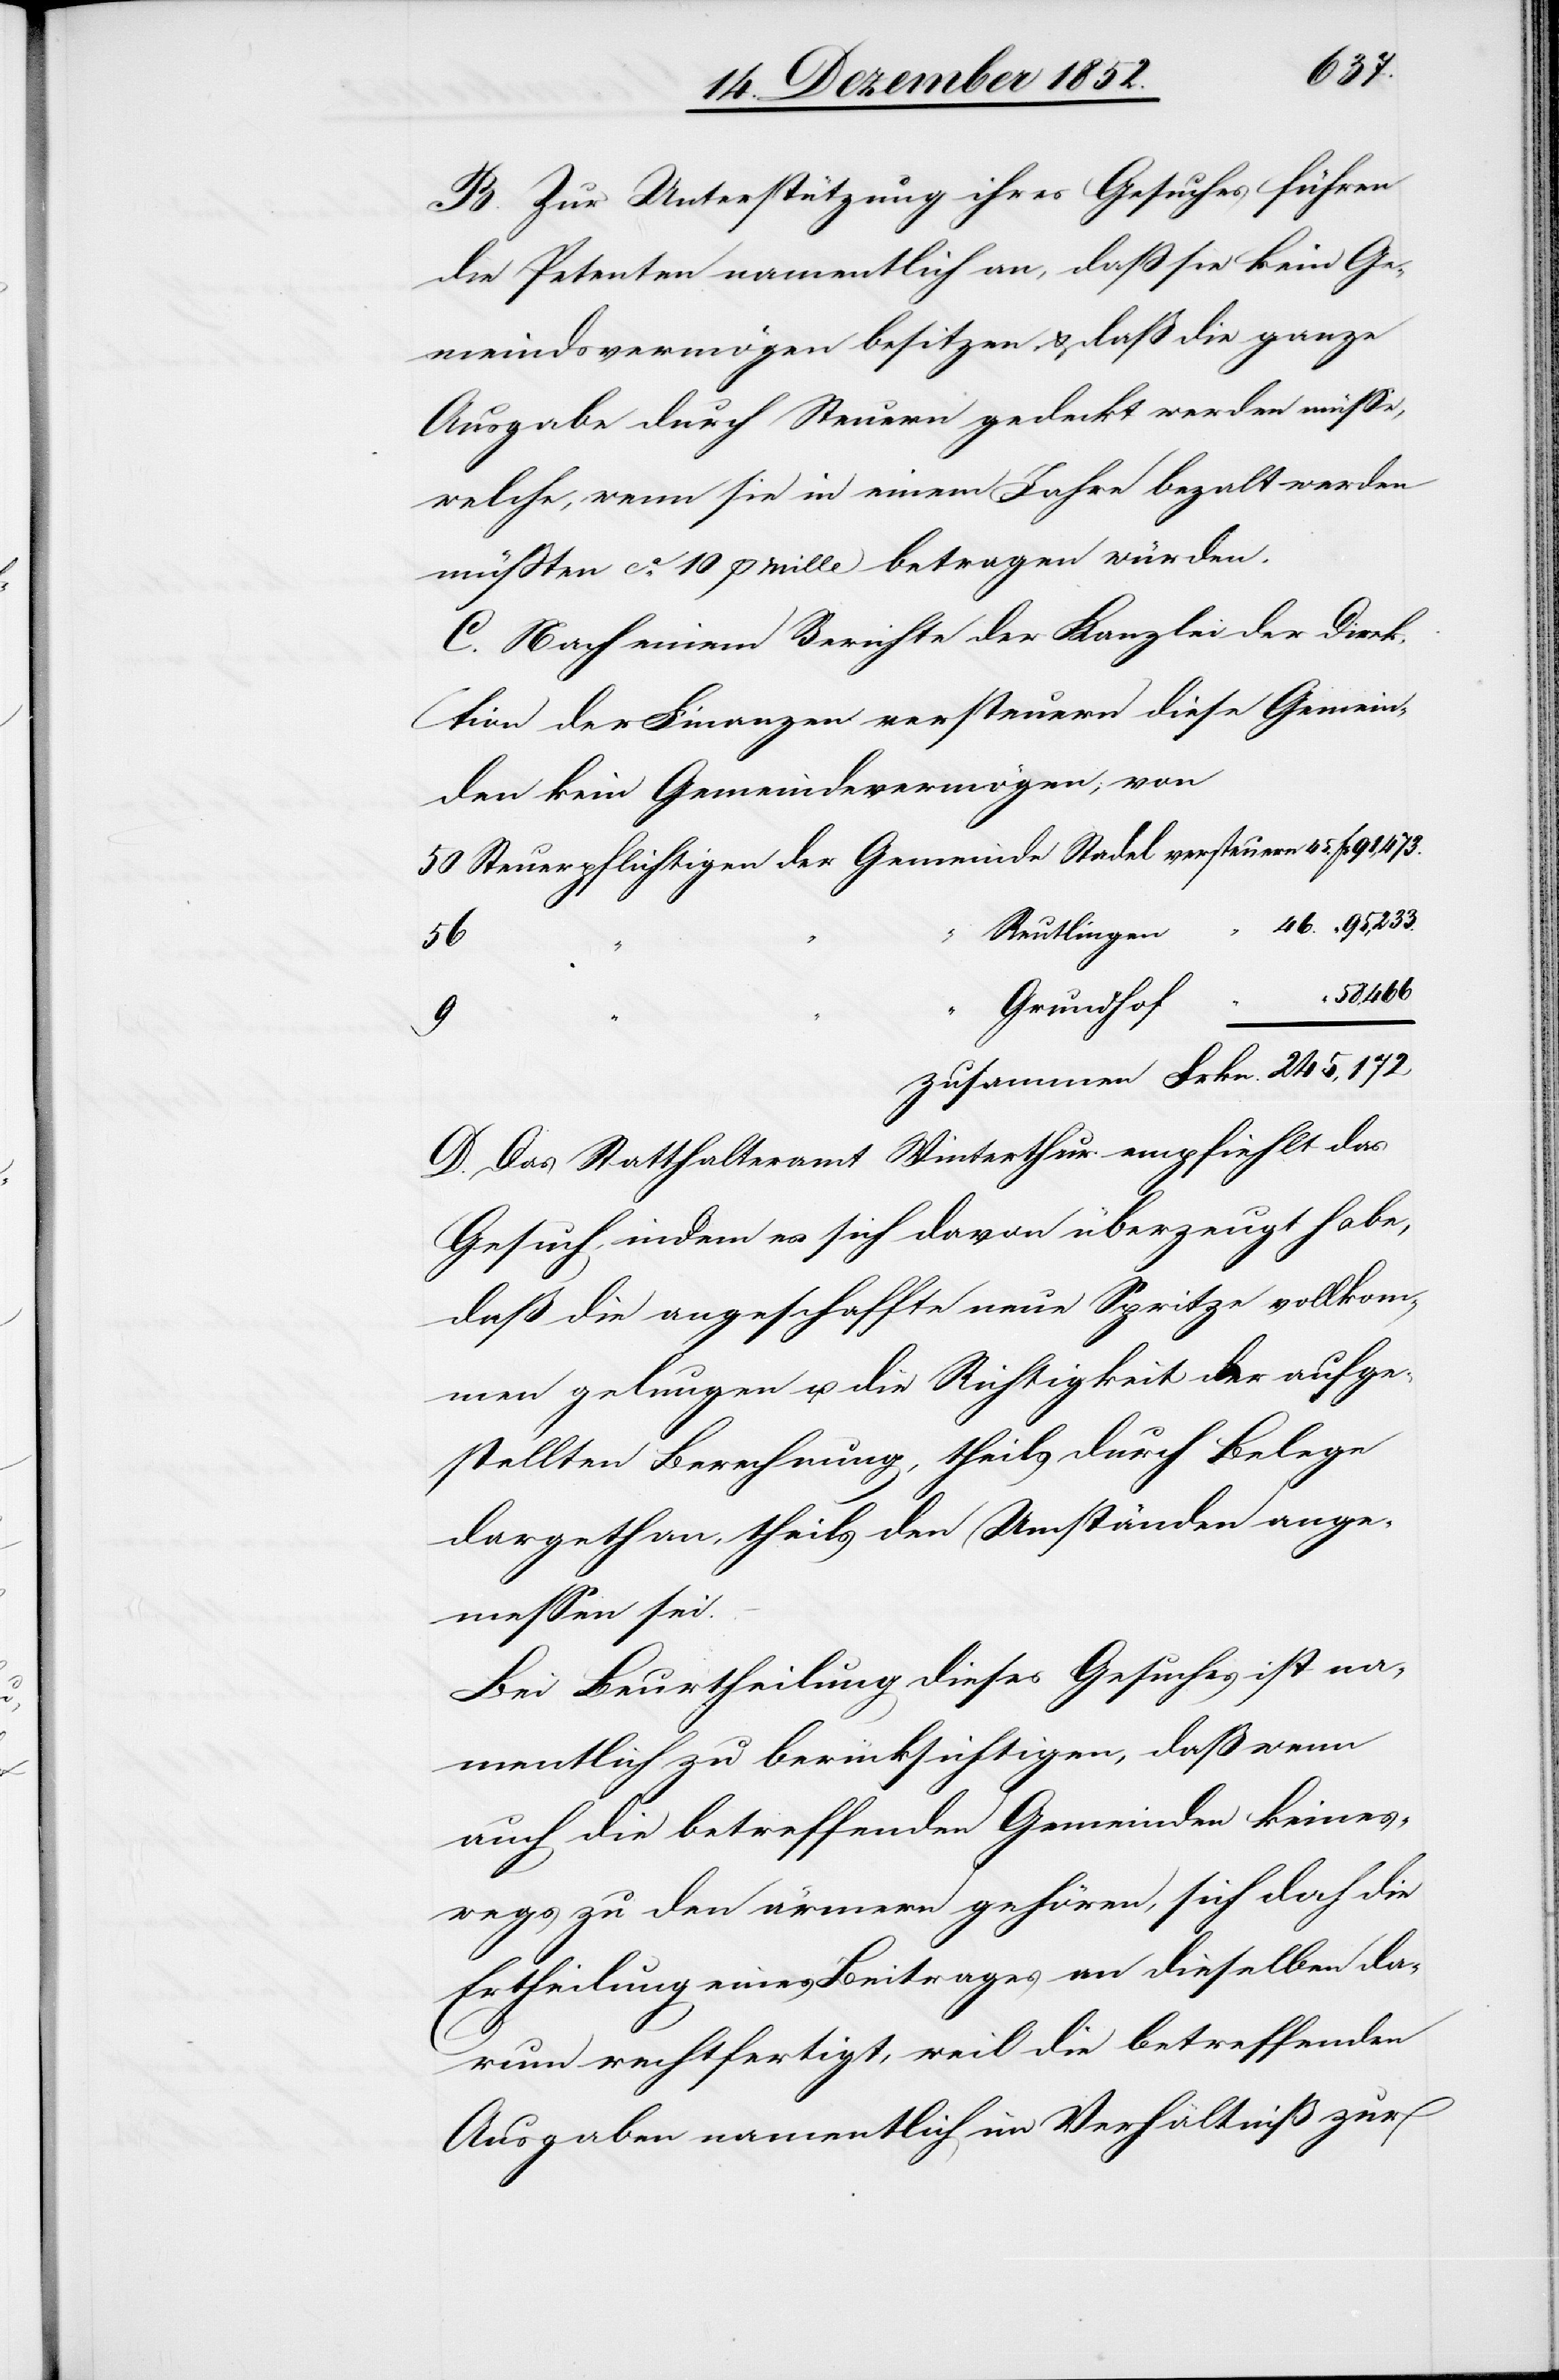
B. Zur Unterstützung ihres Gesuches führen
die Petenten namentlich an, daß sie kein Ge¬
meindsvermögen besitzen, & daß die ganze
Ausgabe durch Steuern gedeckt werden müsse,
welche, wenn sie in einem Jahre bezalt werden
müßten ca. 10 p mille betragen würden.
C. Nach einem Berichte der Kanzlei der Direk¬
tion der Finanzen versteuern diese Gemein¬
den kein Gemeindevermögen; von
“ 95,233.
Reutlingen
“
46.
58,466
Grundhof
“
D. Das Statthalteramt Winterthur empfiehlt das
Gesuch, indem es sich davon überzeugt habe,
daß die angeschaffte neue Spritze vollkom¬
men gelungen u. die Richtigkeit der aufge¬
stellten Berechnung, theils durch Belege
dargethan, theils den Umständen ange¬
messen sei.
Bei Beurtheilung dieses Gesuches ist na¬
mentlich zu berücksichtigen, daß wenn
auch die betreffenden Gemeinden keines¬
wegs zu den ärmern gehören, sich doch die
Ertheilung eines Beitrages an dieselben da¬
rum rechtfertigt, weil die betreffenden
Ausgaben namentlich im Verhältniß zur